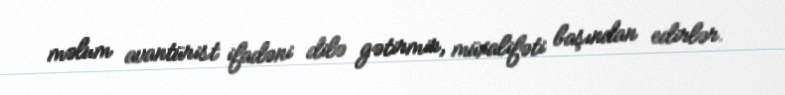
məlum avantürist ifadəni dilə gətirmir, müxalifəti başından edirlər.